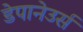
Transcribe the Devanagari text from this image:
डेपानेउर्स